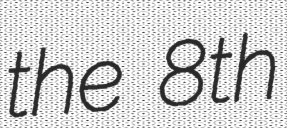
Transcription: the 8th